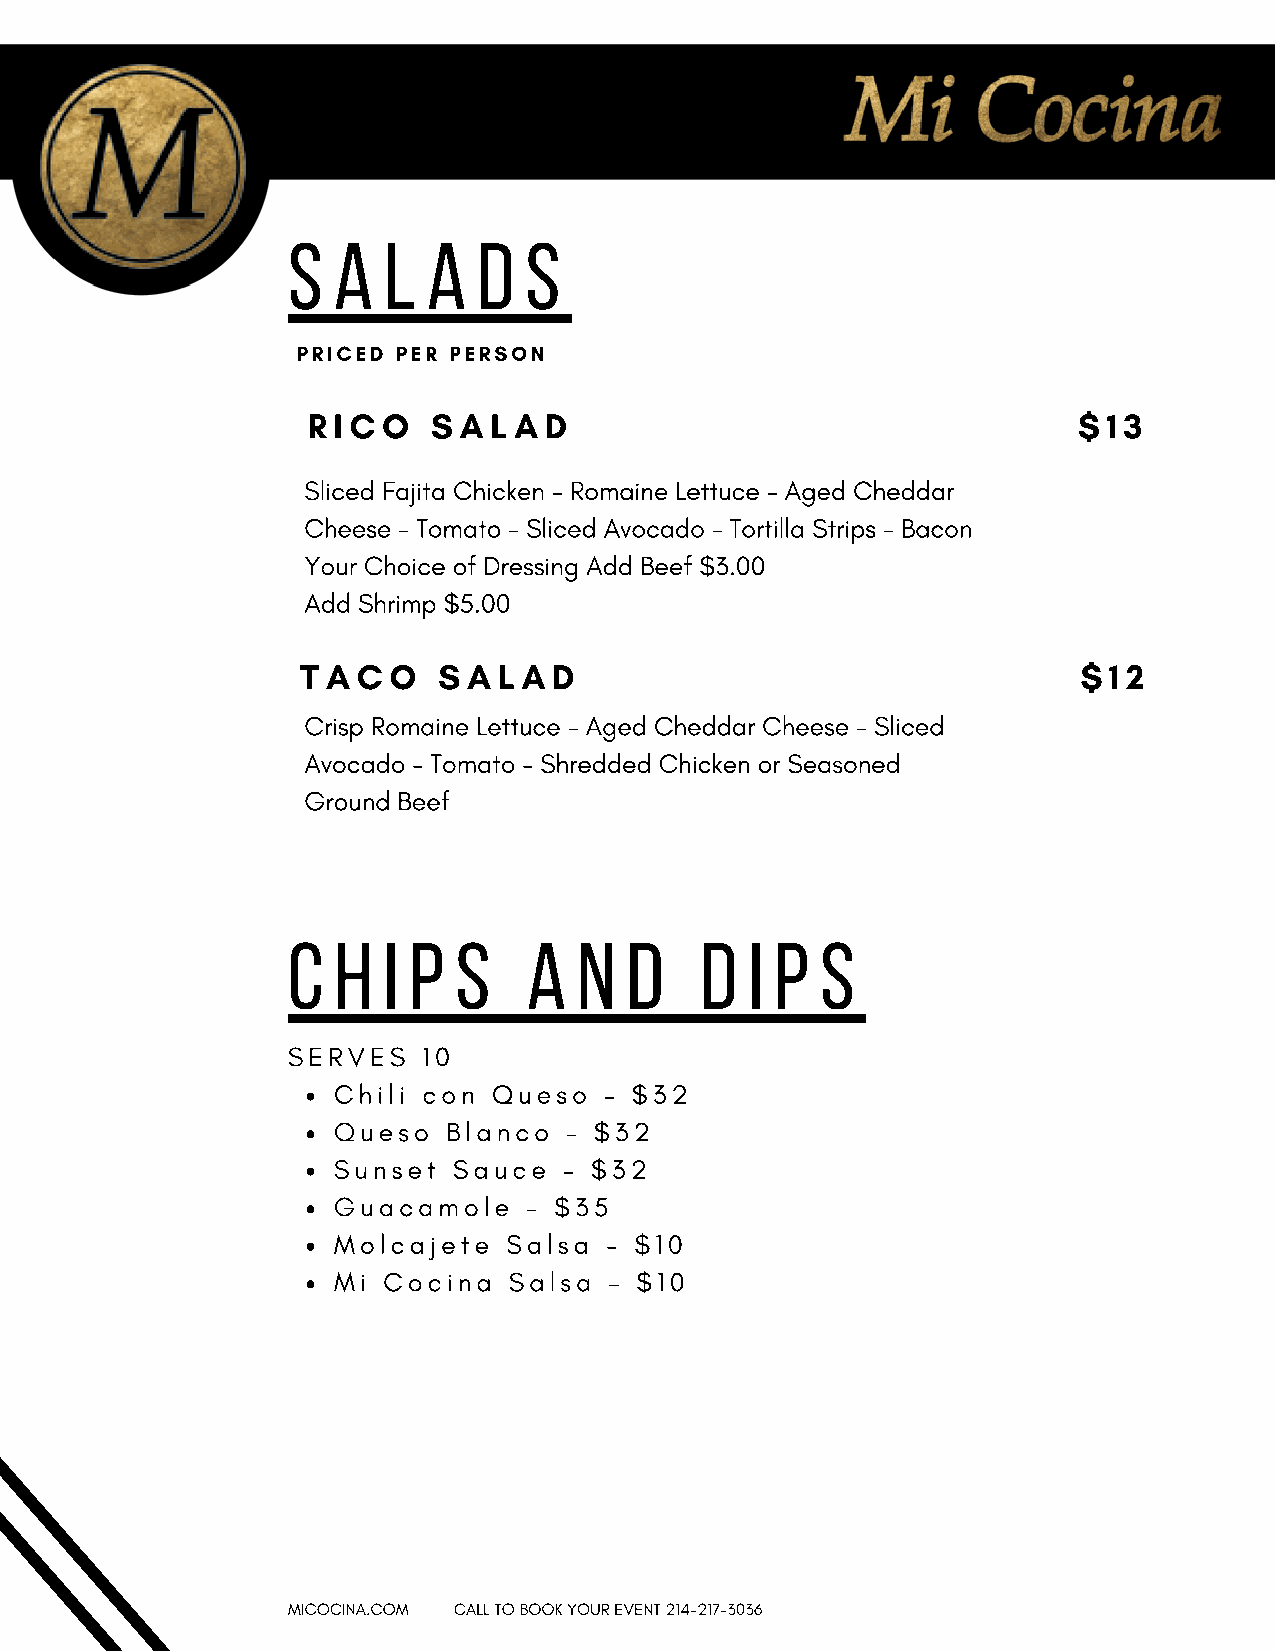
S  A  L  A   D  S
 PRICED PER PERSON
 RR II CC OO SS AA LL AA DD                         $ 1 3
 Sliced Fajita Chicken - Romaine Lettuce - Aged Cheddar
 Cheese - Tomato - Sliced Avocado - Tortilla Strips - Bacon
 Your Choice of Dressing Add Beef $3.00
 Add Shrimp $5.00
 T A C O  S A L A D                                  $ 1 2
 Crisp Romaine Lettuce - Aged Cheddar Cheese - Sliced
 Avocado - Tomato - Shredded Chicken or Seasoned
 Ground Beef
 C  H  I P  S    A  N  D    D   I P S
 SERVES   10
 Chili con  Queso  – $32
 Queso   Blanco – $32
 Sunset  Sauce  – $32
 Guacamole    – $35
 Molcajete   Salsa - $10
 Mi Cocina   Salsa – $10
 MICOCINA.COM CALL TO BOOK YOUR EVENT 214-217-3036